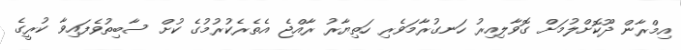
އިމްރާން ދޫކޮށްލުމަށް ގޮވާލިއިރު ހަނގުރާމަވެރި ހަތިޔާރު ރާއްޖެ އެތެރެކުރުމުގެ ކުށް ސާބިތުވެފައިވާ ކުރީގެ